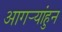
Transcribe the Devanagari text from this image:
आगर्‍यांहुन